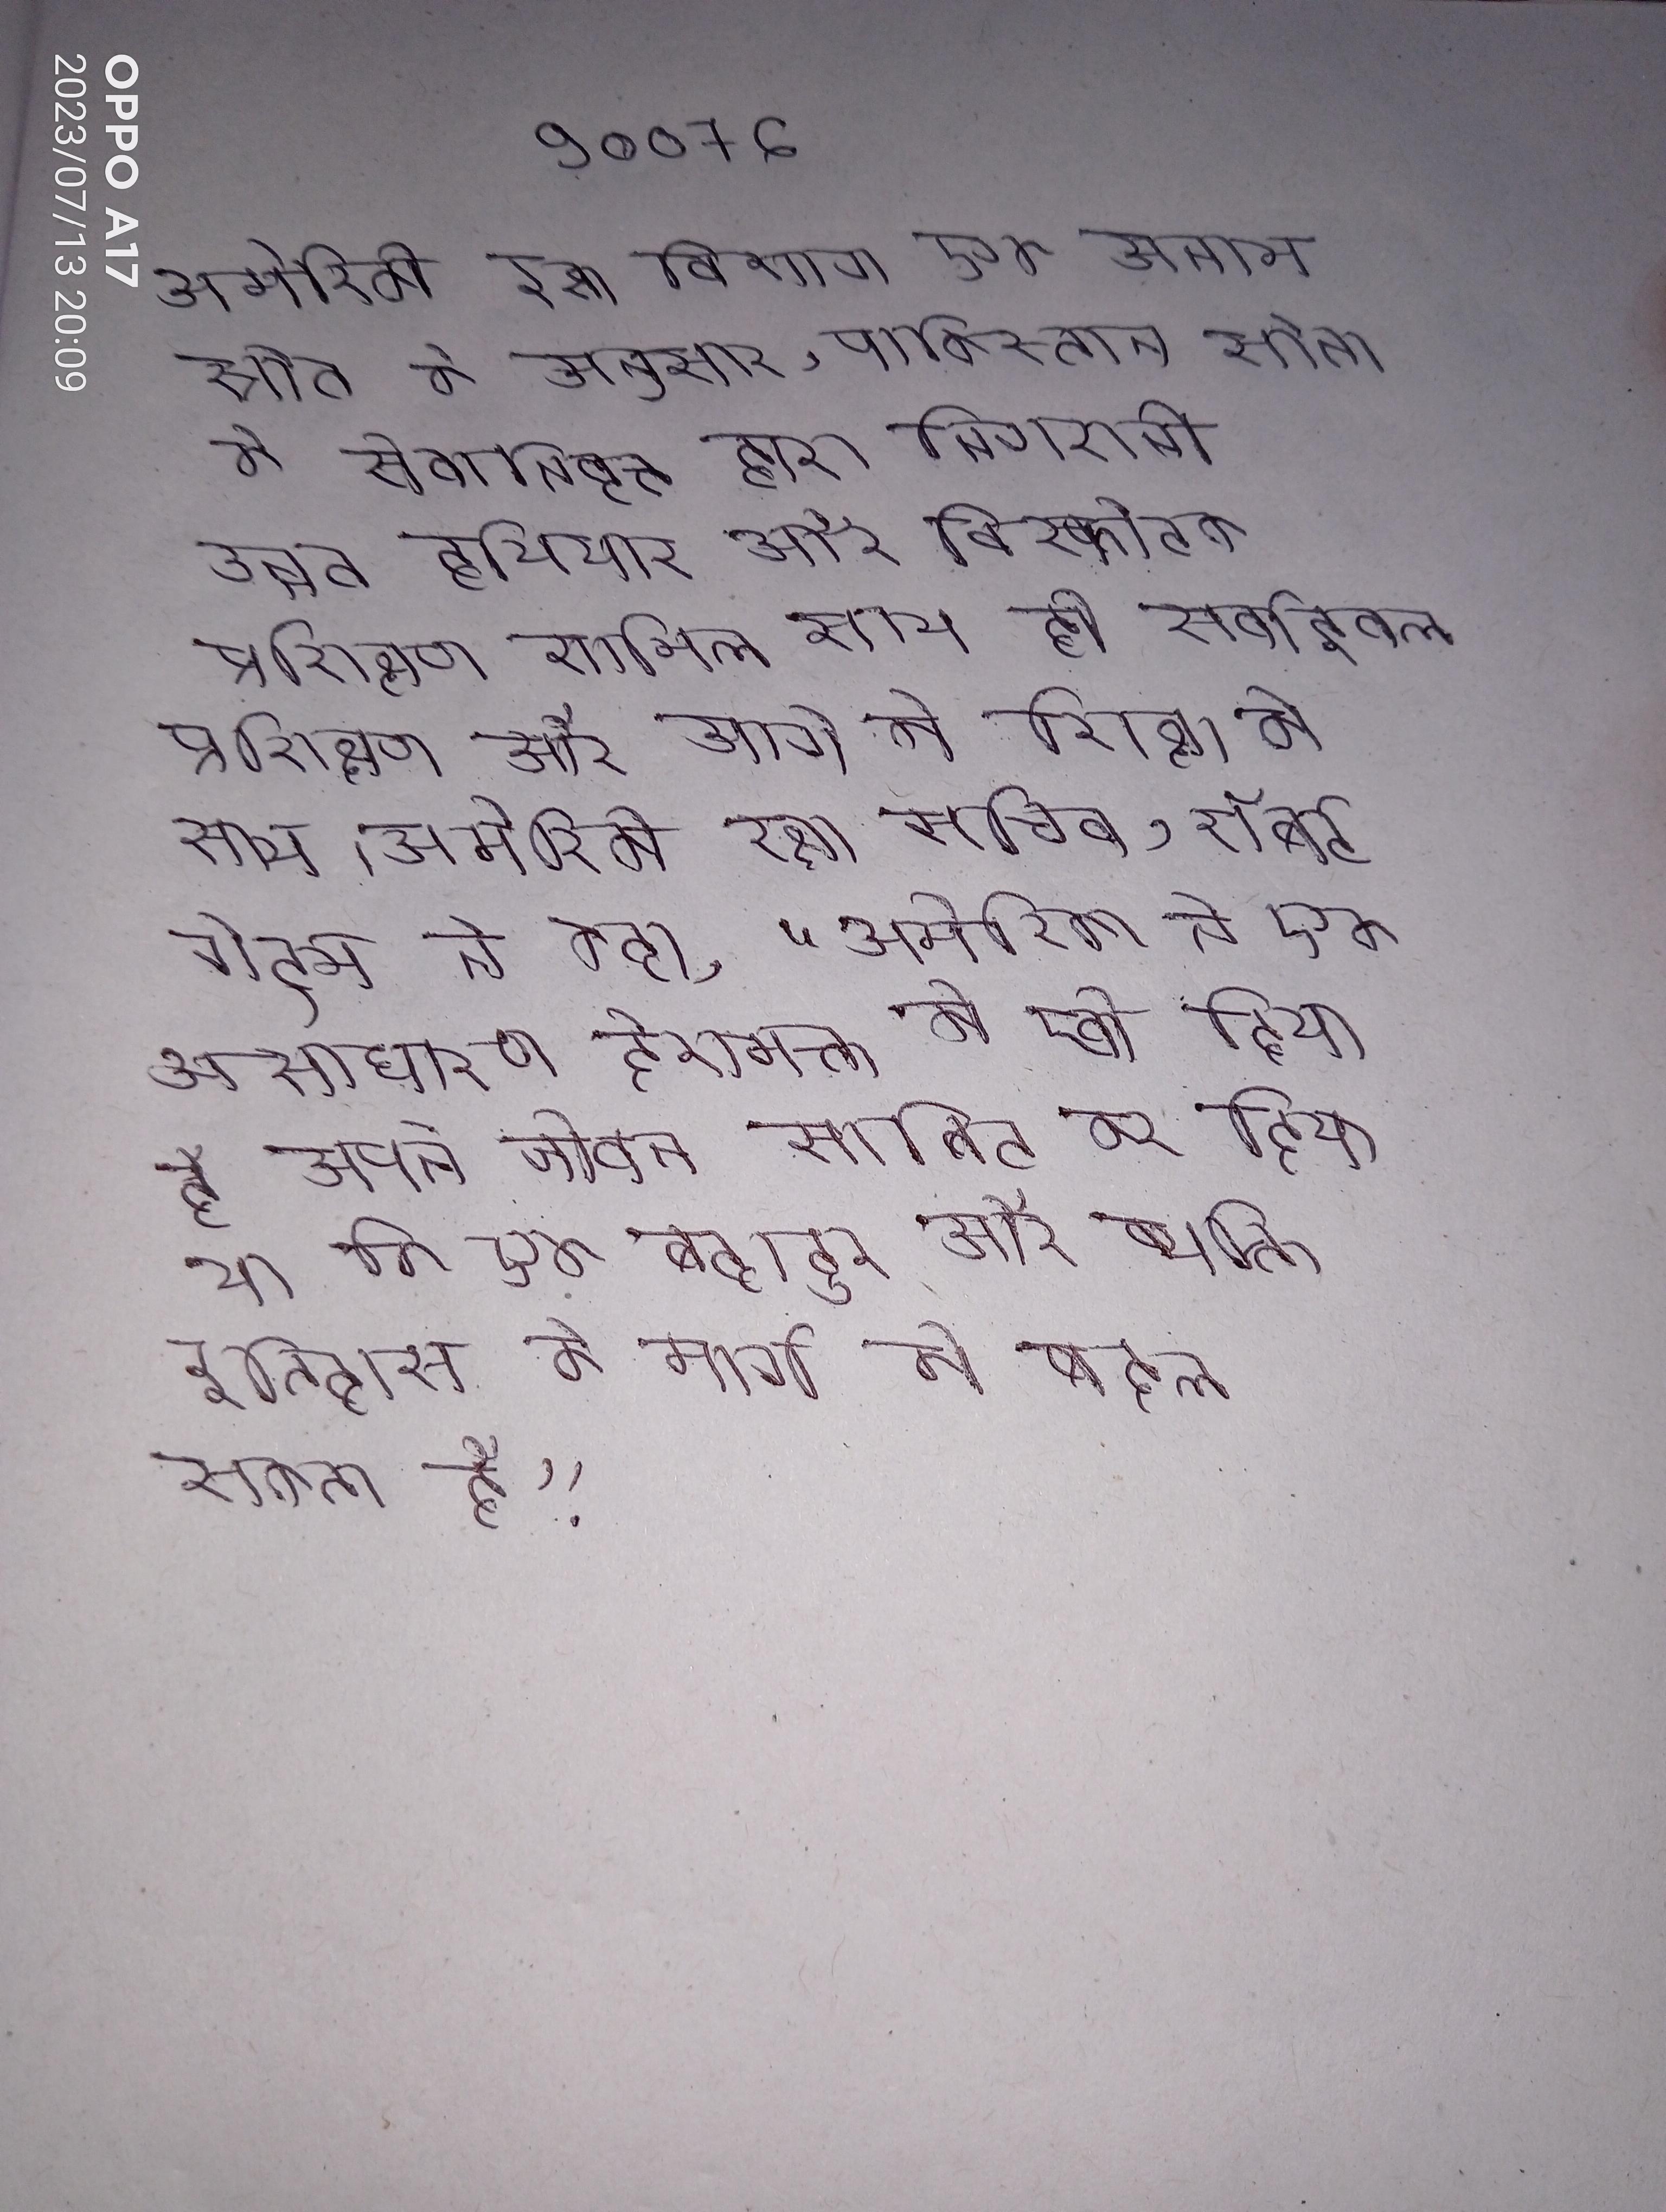
अमेरिकी रक्षा विभाग एक अनाम स्रोत के अनुसार, पाकिस्तान सेना के सेवानिवृत्त द्वारा निगरानी उन्नत हथियार और विस्फोटक प्रशिक्षण शामिल साथ ही सर्वाइवल प्रशिक्षण और आगे की शिक्षा के साथ । अमेरिकी रक्षा सचिव, रॉबर्ट गेट्स ने कहा, "अमेरिका ने एक असाधारण देशभक्त को खो दिया है अपने जीवन साबित कर दिया था कि एक बहादुर और व्यक्ति इतिहास के मार्ग को बदल सकता है" .